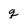
Character: g